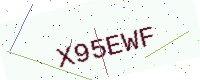
Text: X95EWF